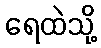
ရေထဲသို့